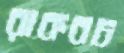
রাকবচ